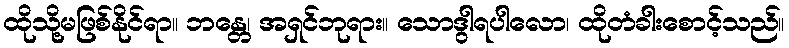
ထိုသို့မဖြစ်နိုင်ရာ။ ဘန္တေ၊ အရှင်ဘုရား။ သောဒွါရပါလော၊ ထိုတံခါးစောင့်သည်။